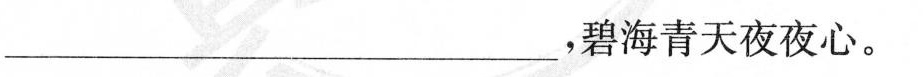
___，碧海青天夜夜心。